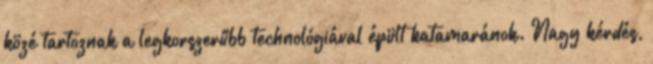
közé tartoznak a legkorszerűbb technológiával épült katamaránok. Nagy kérdés,